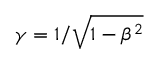
\gamma = 1 / { \sqrt { 1 - \beta ^ { 2 } } }